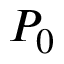
P _ { 0 }